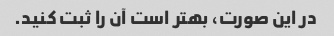
در این صورت، بهتر است آن را ثبت کنید.